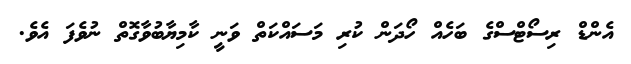
އެންޑް ރިސޯޓްސްގެ ބަހެއް ހޯދަން ކުރި މަސައްކަތް ވަނީ ކާމިޔާބުވާގޮތް ނުވެފަ އެވެ.